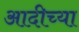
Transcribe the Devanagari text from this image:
आदीच्या